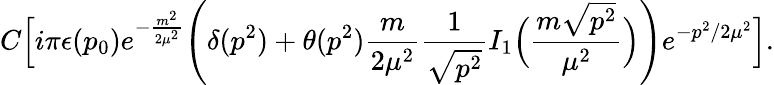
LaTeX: C\Big[i\pi\epsilon(p_{0})e^{-{\frac{m^{2}}{2\mu^{2}}}}\Bigg(\delta(p^{2})+\theta(p^{2}){\frac{m}{2\mu^{2}}}{\frac{1}{\sqrt{p^{2}}}}I_{1}\Big({\frac{m\sqrt{p^{2}}}{\mu^{2}}}\Big)\Bigg)e^{-p^{2}/2\mu^{2}}\Big].